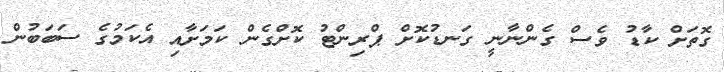
ގޮތަށް ކާޑު ވެސް ގެންނާނީ ގަނޑުކޮށް ޕްރިންޓު ކޮށްގެން ކަމަށާއި އެކަމުގެ ސަބަބުން